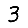
Digit: 3